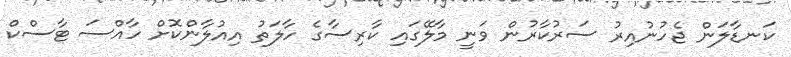
ކަނޑާލަން ޖެހުނުއިރު ސަރުކާރުން ވަނީ މާލޭގައި ކާރިސާގެ ހާލަތު އިއުލާންކޮށް ހާއްސަ ޓާސްކް